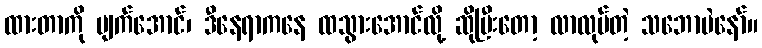
ထားတာကို ပျက်အောင်၊ ဒီနေရာကနေ ထသွားအောင်လို့ ဆိုပြီးတော့ လာလုပ်တဲ့ သဘောပဲနော်။